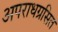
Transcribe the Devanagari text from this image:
अपराधग्रसित